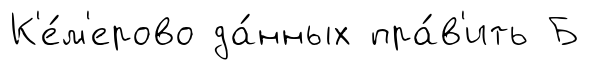
К'е́м'ерово да́нных пра́в'ить Б